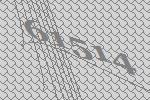
61514